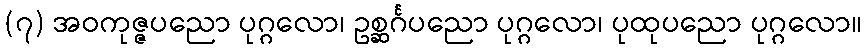
(၇) အဝကုဇ္ဇပညော ပုဂ္ဂလော၊ ဥစ္ဆင်္ဂပညော ပုဂ္ဂလော၊ ပုထုပညော ပုဂ္ဂလော။